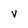
Character: v